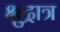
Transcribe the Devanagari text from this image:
क्षुद्रात्र